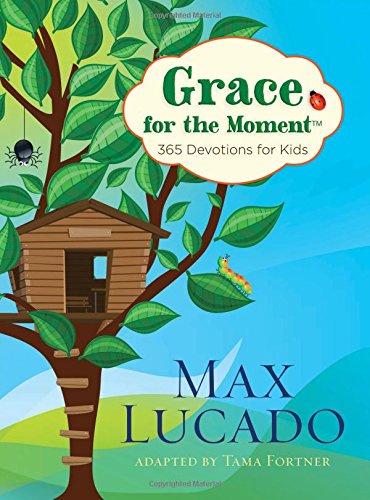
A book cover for Grace for the Moment: 365 Devotions for Kids; Max Lucado; Christian Books & Bibles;